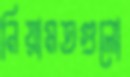
নিয়ামতগুলো